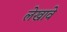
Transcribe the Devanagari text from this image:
लेखावे